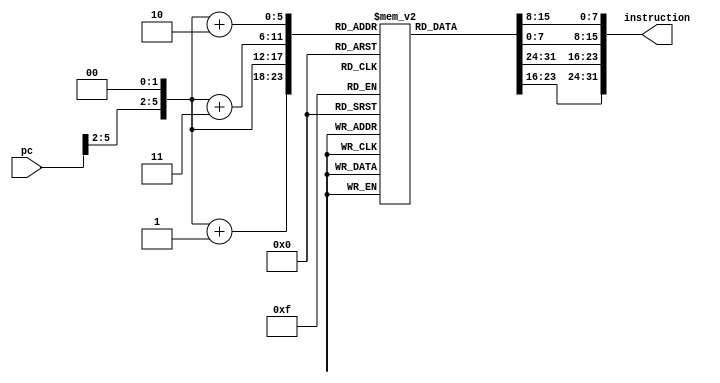
module InstructionMemory(pc, instruction);

    input [31:0] pc;

    output [31:0] instruction;

    reg [7:0] instructionMemory [63:0]; 

    wire [31:0] adr;
    assign adr = {pc[31:2], 2'b00}; 
initial begin
instructionMemory[0] = 8'b11111111;
instructionMemory[1] = 8'b01110001;
instructionMemory[2] = 8'b10000011;
instructionMemory[3] = 8'b10010011;

instructionMemory[4] = 8'b00000000;
instructionMemory[5] = 8'b01000000;
instructionMemory[6] = 8'b00100110;
instructionMemory[7] = 8'b00100011;

instructionMemory[8] = 8'b00000000;
instructionMemory[9] = 8'b00100011;
instructionMemory[10] = 8'b11100010;
instructionMemory[11] = 8'b00110011;

instructionMemory[12] = 8'b00000000;
instructionMemory[13] = 8'b01000001;
instructionMemory[14] = 8'b11110010;
instructionMemory[15] = 8'b10110011;

instructionMemory[16] = 8'b00000000;
instructionMemory[17] = 8'b01110010;
instructionMemory[18] = 8'b10001010;
instructionMemory[19] = 8'b01100011;

instructionMemory[20] = 8'b00000000;
instructionMemory[21] = 8'b11000000;
instructionMemory[22] = 8'b00100001;
instructionMemory[23] = 8'b10000011;

instructionMemory[24] = 8'b00000000;
instructionMemory[25] = 8'b00110010;
instructionMemory[26] = 8'b00100010;
instructionMemory[27] = 8'b00110011;

instructionMemory[28] = 8'b00000000;
instructionMemory[29] = 8'b00000010;
instructionMemory[30] = 8'b00000010;
instructionMemory[31] = 8'b01100011;

instructionMemory[32] = 8'b00000000;
instructionMemory[33] = 8'b00100001;
instructionMemory[34] = 8'b00000000;
instructionMemory[35] = 8'b01100011;

instructionMemory[36] = 8'b00000000;
instructionMemory[37] = 8'b00100010;
instructionMemory[38] = 8'b00000001;
instructionMemory[39] = 8'b10110011;

end
    assign instruction = {instructionMemory[adr], instructionMemory[adr + 1], 
                            instructionMemory[adr + 2], instructionMemory[adr + 3]};

endmodule